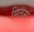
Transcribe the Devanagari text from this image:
मिलम